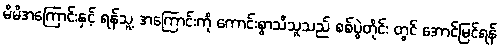
မိမိအကြောင်းနှင့် ရန်သူ့ အကြောင်းကို ကောင်းစွာသိသူသည် စစ်ပွဲတိုင်း တွင် အောင်မြင်ရန်